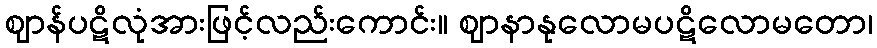
ဈာန်ပဋိလုံအားဖြင့်လည်းကောင်း။ ဈာနာနုလောမပဋိလောမတော၊